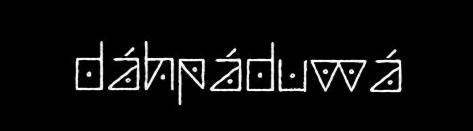
dáhpáduvvá